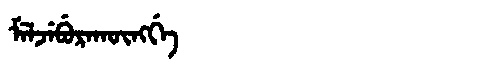
Manchu: ᠮᡝᠯᠵᡝᠪᡠᡵᠠᡴᡡᠩᡤᡝ
Romanization: MELJEBURAKŪNGGE